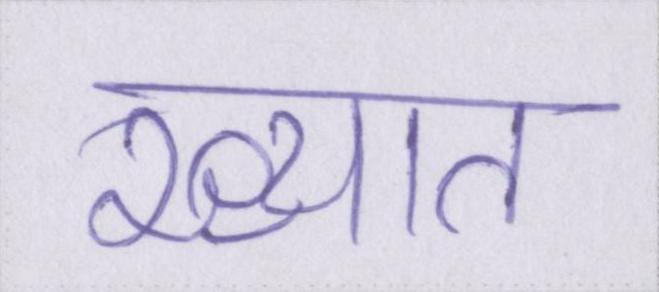
ख्यात